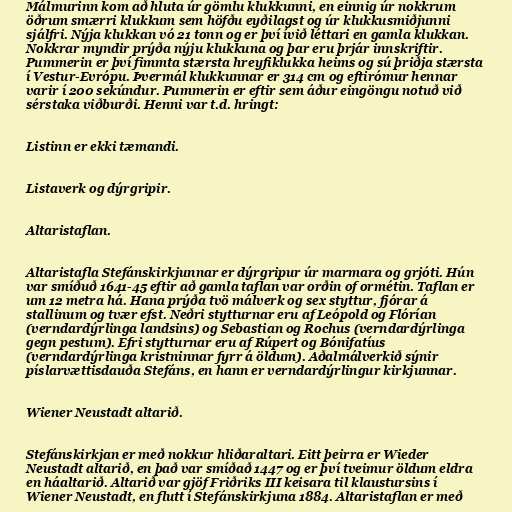
Málmurinn kom að hluta úr gömlu klukkunni, en einnig úr nokkrum
öðrum smærri klukkum sem höfðu eyðilagst og úr klukkusmiðjunni
sjálfri. Nýja klukkan vó 21 tonn og er því ívið léttari en gamla klukkan.
Nokkrar myndir prýða nýju klukkuna og þar eru þrjár innskriftir.
Pummerin er því fimmta stærsta hreyfiklukka heims og sú þriðja stærsta
í Vestur-Evrópu. Þvermál klukkunnar er 314 cm og eftirómur hennar
varir í 200 sekúndur. Pummerin er eftir sem áður eingöngu notuð við
sérstaka viðburði. Henni var t.d. hringt:

Listinn er ekki tæmandi.

Listaverk og dýrgripir.

Altaristaflan.

Altaristafla Stefánskirkjunnar er dýrgripur úr marmara og grjóti. Hún
var smíðuð 1641-45 eftir að gamla taflan var orðin of ormétin. Taflan er
um 12 metra há. Hana prýða tvö málverk og sex styttur, fjórar á
stallinum og tvær efst. Neðri stytturnar eru af Leópold og Flórían
(verndardýrlinga landsins) og Sebastian og Rochus (verndardýrlinga
gegn pestum). Efri stytturnar eru af Rúpert og Bónifatíus
(verndardýrlinga kristninnar fyrr á öldum). Aðalmálverkið sýnir
píslarvættisdauða Stefáns, en hann er verndardýrlingur kirkjunnar.

Wiener Neustadt altarið.

Stefánskirkjan er með nokkur hliðaraltari. Eitt þeirra er Wieder
Neustadt altarið, en það var smíðað 1447 og er því tveimur öldum eldra
en háaltarið. Altarið var gjöf Friðriks III keisara til klaustursins í
Wiener Neustadt, en flutt í Stefánskirkjuna 1884. Altaristaflan er með